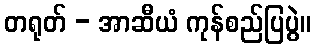
တရုတ် - အာဆီယံ ကုန်စည်ပြပွဲ။